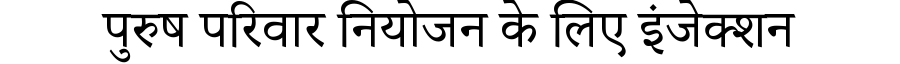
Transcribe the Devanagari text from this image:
पुरुष परिवार नियोजन के लिए इंजेक्शन